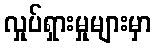
လှုပ်ရှားမှုများမှာ